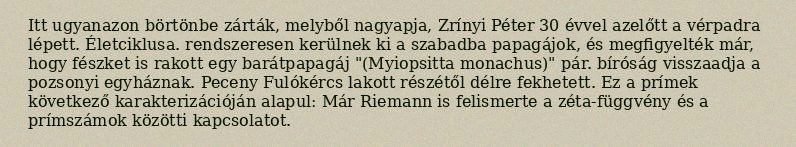
Itt ugyanazon börtönbe zárták, melyből nagyapja, Zrínyi Péter 30 évvel azelőtt a vérpadra lépett. Életciklusa. rendszeresen kerülnek ki a szabadba papagájok, és megfigyelték már, hogy fészket is rakott egy barátpapagáj "(Myiopsitta monachus)" pár. bíróság visszaadja a pozsonyi egyháznak. Peceny Fulókércs lakott részétől délre fekhetett. Ez a prímek következő karakterizációján alapul: Már Riemann is felismerte a zéta-függvény és a prímszámok közötti kapcsolatot.